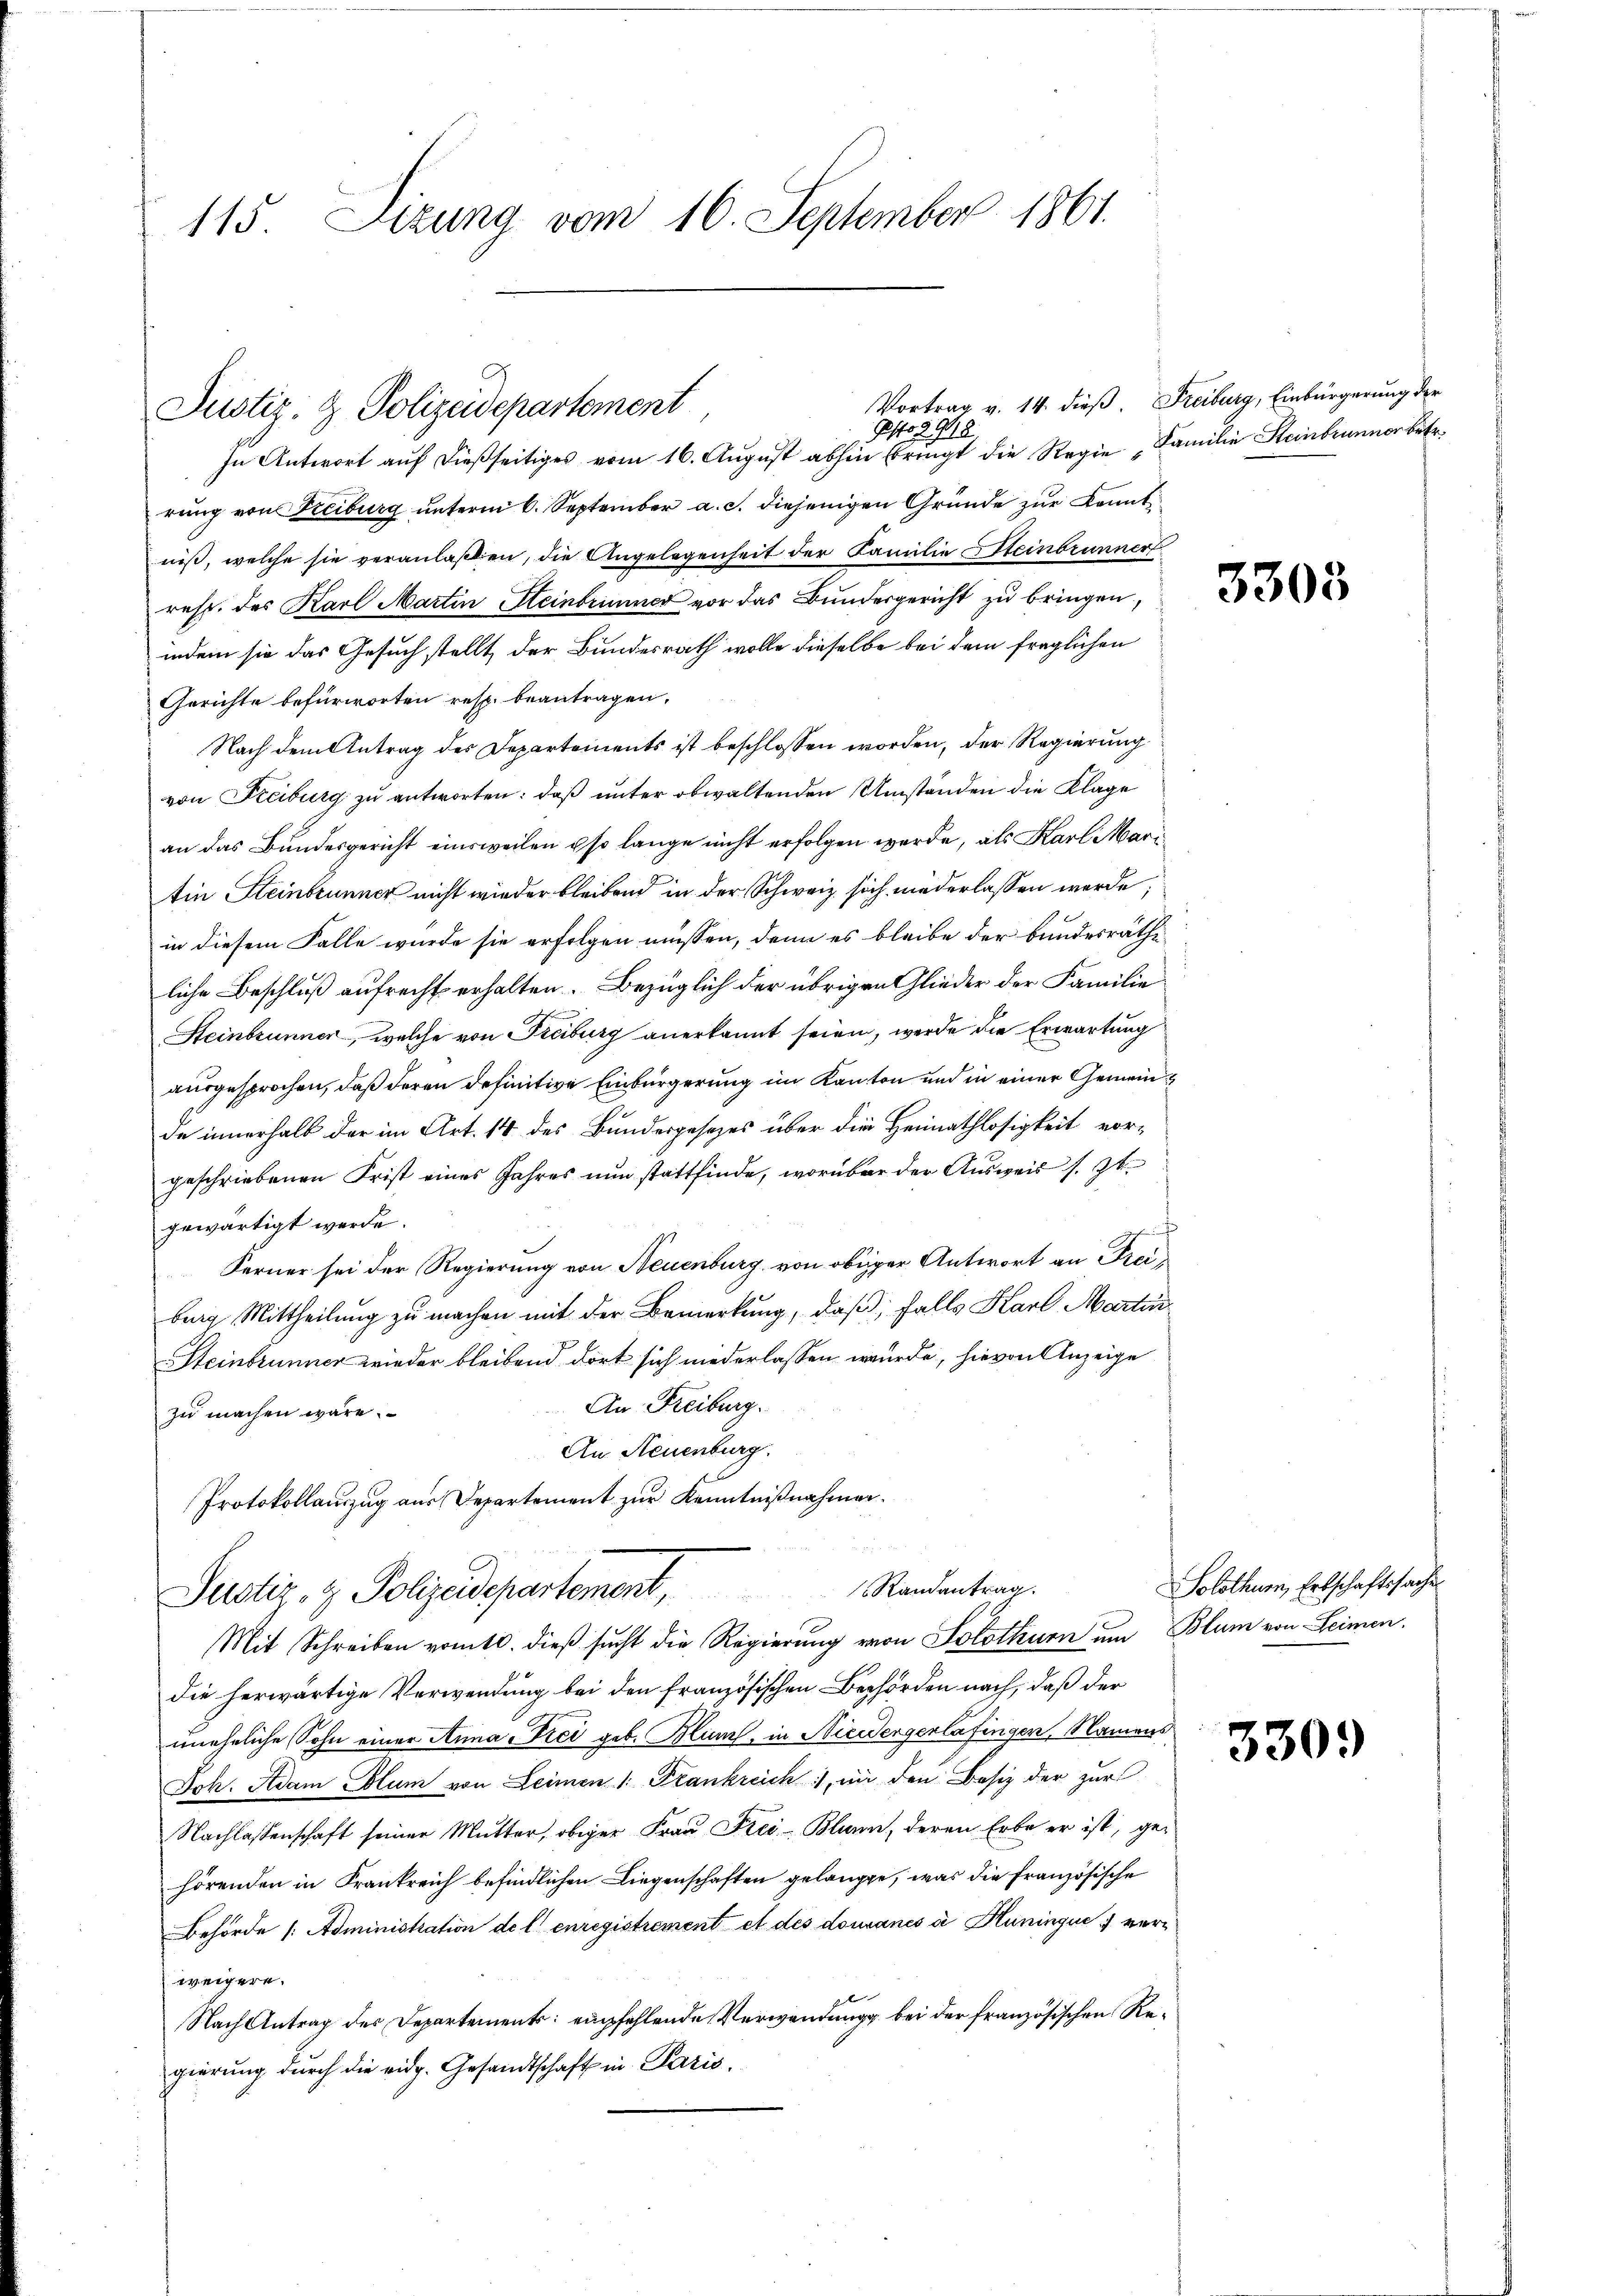
115. Sizung vom 16. September 1861.

rung von Freiburg unterm 6. September a. c. diejenigen Gründe zur konnt
niß, welche sie veranlaßen, die Angelegenheit der Familie Steinbrunner
resp. des Karl Martin Steinbrinner vor das Bundesgericht zu bringen,
indem sie das Gesuch stellt der Bundesrath wolle dieselbe bei dem fraglichen
Gerichte befürworten resp. beantragen.
Nach dem Antrag des Departements ist beschlossen worden, der Regierung
von Freiburg zu antworten: daß unter obwaltenden Umständen die Klage
an das Bundesgericht einsweilen so lange nicht erfolgen werde, als Karl Mari
tin Steinbrunner nicht wieder bleibend in der Schweiz sich niederlassen werde;
in diesem Falle wurde sie erfolgen müssen, denn es bleibe der bundesräthliche Beschluß aufrecht erhalten. Bezüglich der übrigen Glieder der Familie
Steinbrunner, welche von Freiburg anerkannt seien, werde die Erwartung
ausgesprochen, daß deren definitive Einbürgerung im Kanton und in einer Gemeinde innerhalb der im Art. 14 des Bundesgesetzes über die Heimathlosigkeit vorgeschriebenen Frist eines Jahres nŭn stattfinde, worüber der Aŭsweis s. Zt.
gewärtigt werde.
t
Ferner sei der Regierung von Neuenburg von obiger Antwort an Freiburg Mittheilung zu machen mit der Bemerkung, daß, falls Karl Marti
Steinbrunner wieder bleibend dort sich niederlassen wurde, hievon Anzeige
An Freiburg.
zu machen wäre.
An Neuenburg.
Protokollauszug aus Departement zur Kenntnißnahmen.
Randantrag.
Justiz- & Polizeidepartement,
Mit Schreiben vom 10. dieß sucht die Regierung von Solothurn um Blum von Leimen.
die herwärtige Verwendung bei den französischen Behörden nach, daß der
uneheliche Sohn einer Anna Frei geb. Blum, in Niedergerlafinger, Namens
Jok. Adam Eblum von Leimen 1. Plankreich, in den Besitz der zur
Nachlassenschaft seiner Mutter, obiger Frau Frei-Blurn, deren Erbe er ist, ge-
hörenden in Frankreich befindlichen Liegenschaften gelangte, was die französische
Behörde (: Administration de l. enregistrement et des dourancs d Hüningue :/ verweigere.
Nach Antrag des Departement: empfehlende Verwendung bei der französischen Regierung durch die eidg. Gesandtschaft in Paris,

Justiz- & Polizeidepartement
Pesto a 918
In Antwort aŭf dießseitiges vom 16. August abhin bringt die Regie Familie Steinbrunner bete

Vortrag v. 14. dieß. Freiburg, Einbürgerung der

3308

Solothur, Erbschaftsache

3309